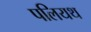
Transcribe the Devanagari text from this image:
पलियथ